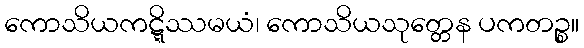
ကောသိယကဋ္ဋိဿမယံ၊ ကောသိယသုတ္တေန ပကတဉ္စ။